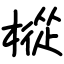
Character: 樅